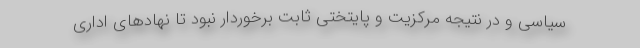
سیاسی و در نتیجه مرکزیت و پایتختی ثابت برخوردار نبود تا نهادهای اداری